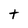
Character: t